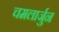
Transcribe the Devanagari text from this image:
चमलार्जुन